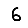
Digit: 6